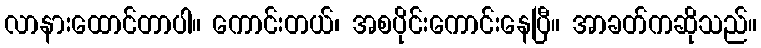
လာနားထောင်တာပါ။ ကောင်းတယ်၊ အစပိုင်းကောင်းနေပြီ။ အာခတ်ကဆိုသည်။